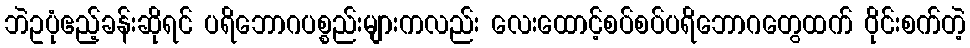
ဘဲဥပုံဧည့်ခန်းဆိုရင် ပရိဘောဂပစ္စည်းများကလည်း လေးထောင့်စပ်စပ်ပရိဘောဂတွေထက် ဝိုင်းစက်တဲ့